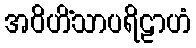
အဝိဟိံသာပရိဠာဟံ